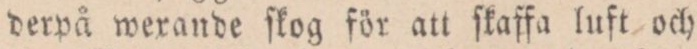
derpå wexande ſkog för att ſkaffa luft och